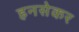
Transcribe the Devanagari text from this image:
हनसेकर